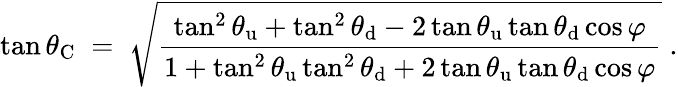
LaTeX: \tan\theta_{\mathrm{C}}\; =\; \sqrt{\frac{\tan^{2}\theta_{\mathrm{u}}+\tan^{2}\theta_{\mathrm{d}}-2\tan\theta_{\mathrm{u}}\tan\theta_{\mathrm{d}}\cos\varphi}{1+\tan^{2}\theta_{\mathrm{u}}\tan^{2}\theta_{\mathrm{d}}+2\tan\theta_{\mathrm{u}}\tan\theta_{\mathrm{d}}\cos\varphi}}\; .